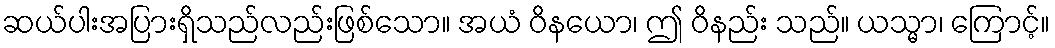
ဆယ်ပါးအပြားရှိသည်လည်းဖြစ်သော။ အယံ ဝိနယော၊ ဤ ဝိနည်း သည်။ ယသ္မာ၊ ကြောင့်။